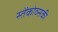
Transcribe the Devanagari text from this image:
स्तेंकोव्सकी